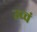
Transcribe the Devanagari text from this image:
उच्चं